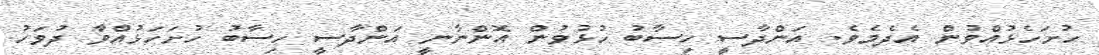
ހުށަހެޅުއްވުން އެދެމެވެ. އަންދާސީ ހިސާބު ހުޅުވުން އޮންނާނީ އަންދާސީ ހިސާބު ހުށަހަޅުއްވާ ދުވަހު